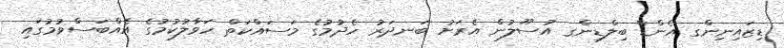
ޑިޒައިނިންގ އެންޑް ބިލްޑިންގ އުސޫލުން އެރަށު ބަނދަރު ހެދުމުގެ މަސައްކަތް ހަވާލުކުމުގެ އެއްބަސްވުމުގައި